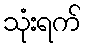
သုံးရက်